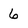
Character: 6